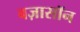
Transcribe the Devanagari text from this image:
बज़ासॉन